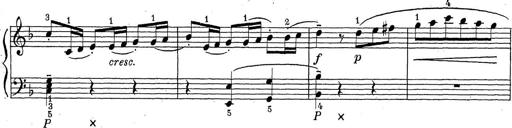
Title: ÄŒeskÃ© Sonatiny
Composer: Various